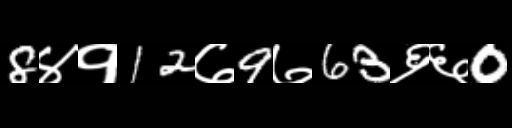
Text: 8४१12७9७63६६0